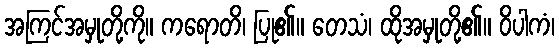
အကြင်အမှုတို့ကို။ ကရောတိ၊ ပြု၏။ တေသံ၊ ထိုအမှုတို့၏။ ဝိပါကံ၊